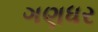
ગણધર